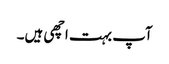
آپ بہت اچھی ہیں۔